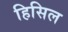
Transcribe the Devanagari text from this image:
हिसिल